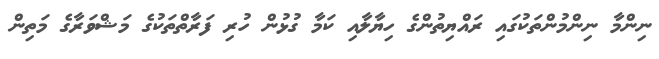
ނިންމާ ނިންމުންތަކުގައި ރައްޔިތުންގެ ހިޔާލާއި ކަމާ ގުޅުން ހުރި ފަރާތްތަކުގެ މަޝްވަރާގެ މަތިން